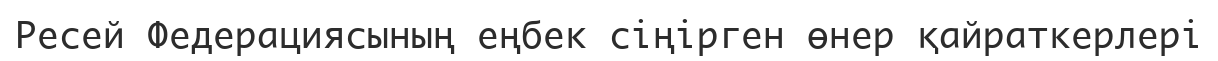
Ресей Федерациясының еңбек сіңірген өнер қайраткерлері